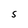
Character: S